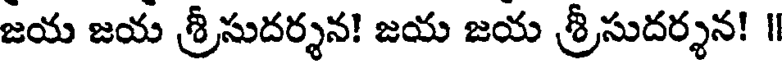
జయ జయ శ్రీసుదర్శన! జయ జయ శ్రీసుదర్శన! ॥